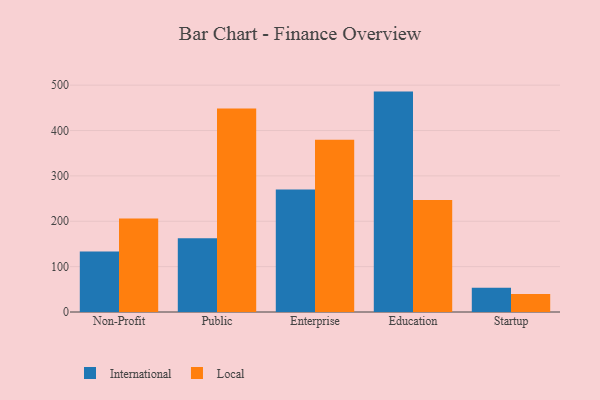
{"axis": {"x": "Segment", "y": "Demand Index"}, "legend": ["International", "Local"], "data": [{"x": "Non-Profit", "y": 133.5, "type": "International"}, {"x": "Non-Profit", "y": 206.3, "type": "Local"}, {"x": "Public", "y": 162.4, "type": "International"}, {"x": "Public", "y": 448.5, "type": "Local"}, {"x": "Enterprise", "y": 270.2, "type": "International"}, {"x": "Enterprise", "y": 379.6, "type": "Local"}, {"x": "Education", "y": 485.8, "type": "International"}, {"x": "Education", "y": 246.7, "type": "Local"}, {"x": "Startup", "y": 53.7, "type": "International"}, {"x": "Startup", "y": 39.5, "type": "Local"}]}